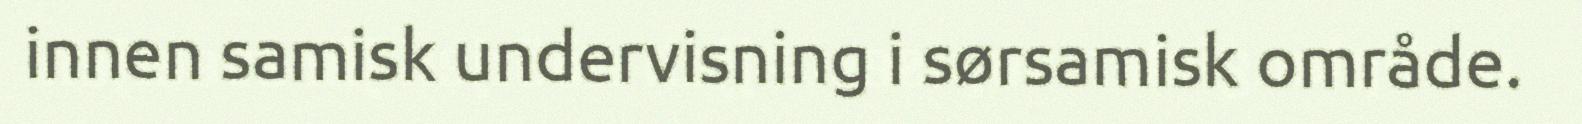
innen samisk undervisning i sørsamisk område.